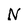
Character: N